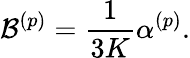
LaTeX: \mathcal{B}^{(p)}=\frac{{1}}{{3K}}\alpha^{(p)}.